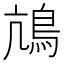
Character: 䲳